Vaccination in the Punjab 1905-1918 - 1905-1918
Year: 1905
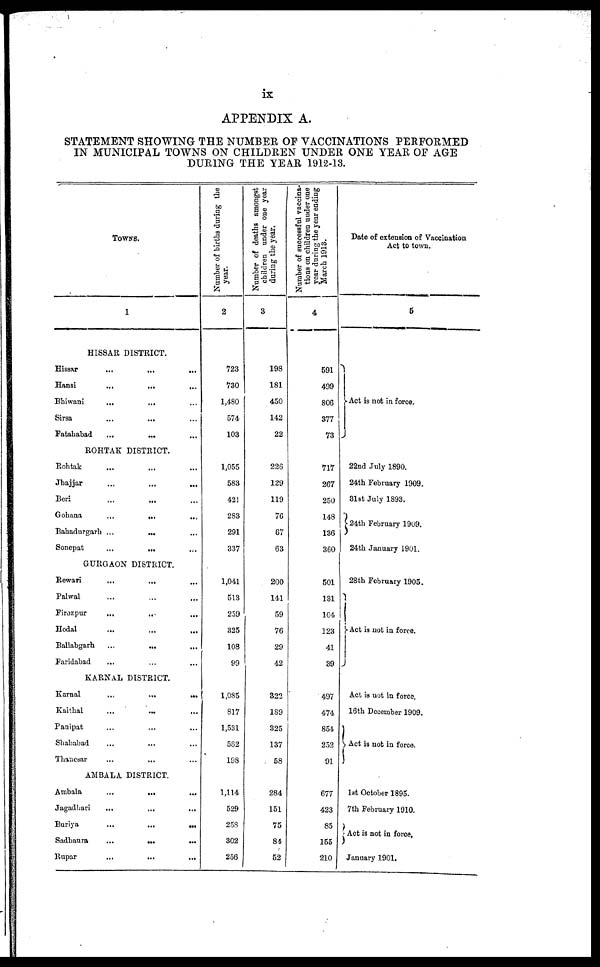
ix
APPENDIX A.
STATEMENT SHOWING THE NUMBER OF VACCINATIONS PERFORMED
IN MUNICIPAL TOWNS ON CHILDREN UNDER ONE YEAR OF AGE
DURING THE YEAR 1912-13.
TOWNS.
1
HISSAR DISTRICT.
Hissar
...
...
...
Hansi
...
...
...
Bhiwani
...
... ...
Sirsa
...
... ...
Fatahabad ... ... ...
ROHTAK DISTRICT.
Rohtak ... ... ...
Jhajjar
...
...
...
Beri ... ... ...
Gohana
...
...
...
Bahadurgarh ...
... ...
Sonepat
...
... ...
GURGAON DISTRICT.
Rewari
...
... ...
Palwal ... ... ...
Firozpur
...
...
...
Hodal ... ... ...
Ballabgarh
...
...
...
Faridabad
...
...
...
KARNAL DISTRICT.
Karnal
...
...
...
Kaithal
...
...
...
Panipat ... ... ...
Shahabad ... ... ...
Thanesar ... ... ...
AMBALA DISTRICT.
Ambala
...
...
...
Jagadhari
...
...
...
Buriya
...
...
...
Sadhaura
...
...
...
Rupar ... ... ...
Number of births during the
year.
2
723
730
1,480
574
103
1,055
583
421
283
291
337
1,041
513
259
325
108
99
1,085
817
1,531
562
198
1,114
529
258
302
256
Number of deaths amongst
children under one year
during the year.
3
198
181
450
142
22
226
129
119
76
67
63
200
141
59
76
29
42
322
189
325
137
58
284
151
75
84
52
Number of successful vaccina-
tions on children under one
year during the year ending
March 1913.
4
591
499
806
377
73
717
267
250
148
136
360
501
131
104
123
41
39
497
474
854
252
91
677
423
85
155
210
Date of extension of Vaccination
Act to town.
5
Act is not in force.
22nd July 1890.
24th February 1909.
31st July 1893.
24th February 1909.
24th January 1901.
28th February 1905.
Act is not in force.
Act is not in force.
16th December 1909.
Act is not in force.
1st October 1895.
7th February 1910.
Act is not in force.
January 1901.